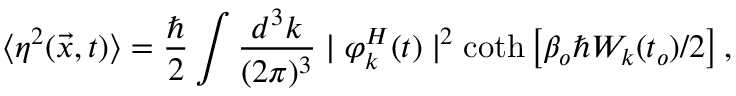
\langle \eta ^ { 2 } ( \vec { x } , t ) \rangle = \frac { \hbar } { 2 } \int \frac { d ^ { 3 } k } { ( 2 \pi ) ^ { 3 } } \mid \varphi _ { k } ^ { H } ( t ) \mid ^ { 2 } \coth \left[ \beta _ { o } \hbar { \cal { W } } _ { k } ( t _ { o } ) / 2 \right] ,